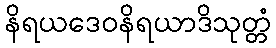
နိရယဒေဝနိရယာဒိသုတ္တံ